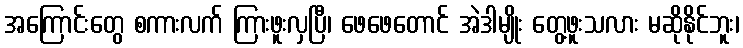
အကြောင်းတွေ စကားလက် ကြားဖူးလှပြီ၊ ဖေဖေတောင် အဲဒါမျိုး တွေ့ဖူးသလား မဆိုနိုင်ဘူး၊